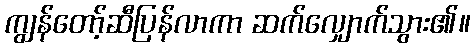
ကျွန်တော့်ဆီပြန်လာကာ ဆက်လျှောက်သွား၏။